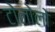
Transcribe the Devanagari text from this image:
टोलोलो